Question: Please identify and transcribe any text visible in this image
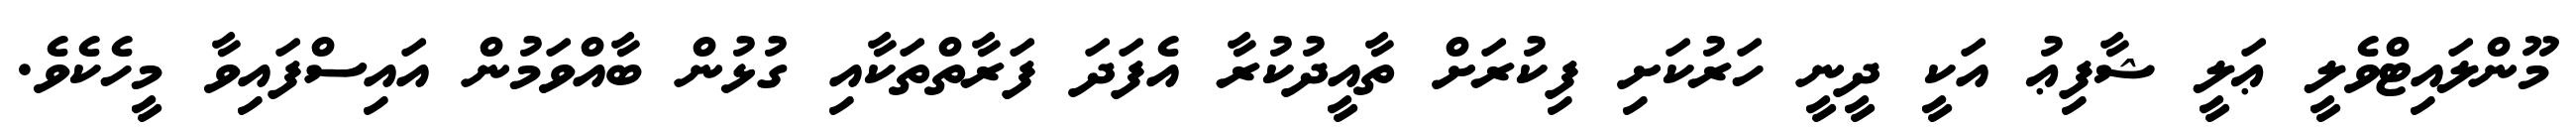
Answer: މޫންލައިޓްވެލީ ޢަލީ ޝާފިޢު އަކީ ދީނީ ހަރުކަށި ފިކުރަށް ތާއީދުކުރާ އެފަދަ ފަރާތްތަކާއި ގުޅުން ބާއްވަމުން އައިސްފައިވާ މީހެކެވެ.